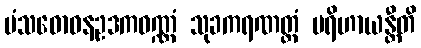
မံသဓောဝနဥဒကဝဏ္ဏံ သုခကရဏတ္ထံ ပရိဟာယန္တီတိ